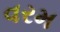
વરમ